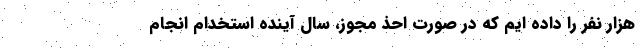
هزار نفر را داده ایم که در صورت احذ مجوز، سال آینده استخدام انجام